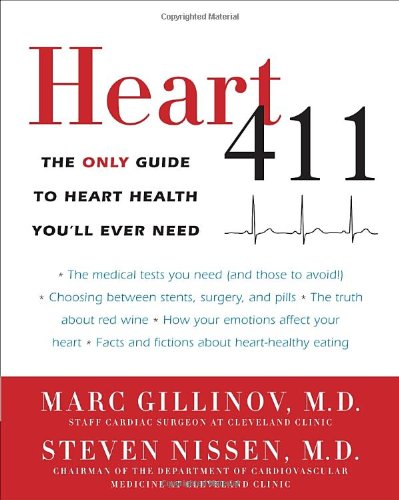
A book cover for Heart 411: The Only Guide to Heart Health You'll Ever Need; Marc Gillinov M.D.; Health, Fitness & Dieting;